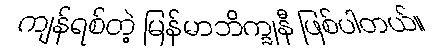
ကျန်ရစ်တဲ့ မြန်မာဘိက္ခုနီ ဖြစ်ပါတယ်။